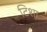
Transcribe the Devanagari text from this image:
टिशा